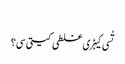
‏
تُسی کیہڑی غلطی کیتی سی؟